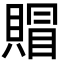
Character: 賵